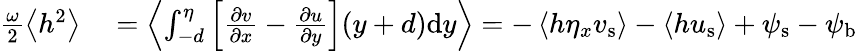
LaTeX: \begin{array}{rl}{\frac{\omega}{2}\left<h^{2}\right>}&{{}=\left<\int_{-d}^{\eta}\left[\frac{\partial v}{\partial x}-\frac{\partial u}{\partial y}\right](y+d)\mathrm{d}y\right>=-\left<h\eta_{x}{v}_{\mathrm{s}}\right>-\left<h{u}_{\mathrm{s}}\right>+{\psi}_{\mathrm{s}}-{\psi}_{\mathrm{b}}}\end{array}